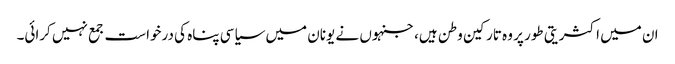
ان میں اکثریتی طور پر وہ تارکین وطن ہیں، جنہوں نے یونان میں سیاسی پناہ کی درخواست جمع نہیں کرائی۔